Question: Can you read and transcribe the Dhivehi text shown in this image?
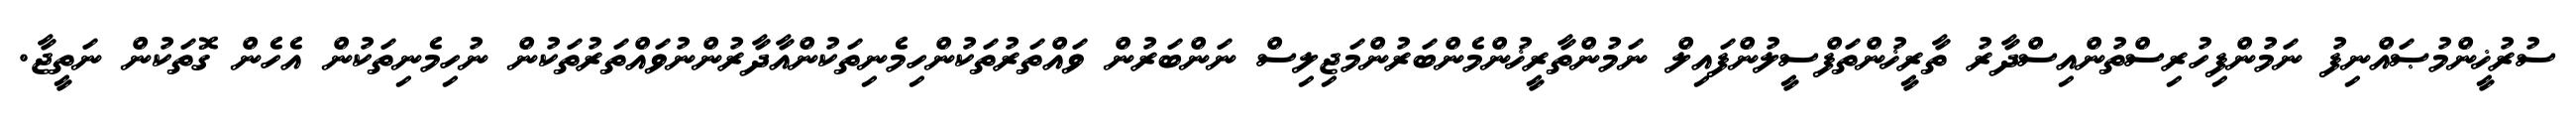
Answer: ސުރުޚީންމުޞައްނިފު ނަމުންފިހުރިސްތުންއިސްދާރު ތާރީޚުންތަފްސީލުންފައިލް ނަމުންތާރީޚުންމެންބަރުންމަޖިލިސް ނަންބަރުން ވައްތަރުތަކުންހިމެނިތަކުންއާދާރުންނުވައްތަރުތަކުން ނުހިމެނިތަކުން އެހެން ގޮތަކުން ނަތީޖާ.